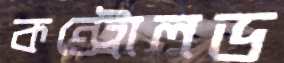
কন্ট্রোলড